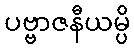
ပဗ္ဗာဇနီယမ္ပိ